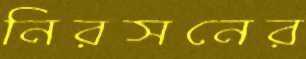
নিরসনের